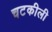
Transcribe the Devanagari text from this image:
चटकीली